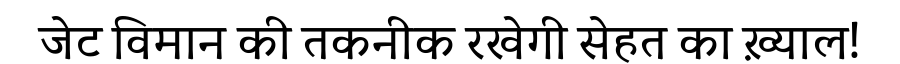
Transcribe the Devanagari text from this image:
जेट विमान की तकनीक रखेगी सेहत का ख़्याल!